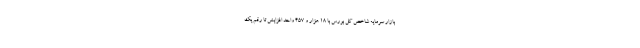
بازار سرمایه شاخص کل بورس با ۱۸ هزار و ۴۵۷ واحد افزایش تا رقم یک